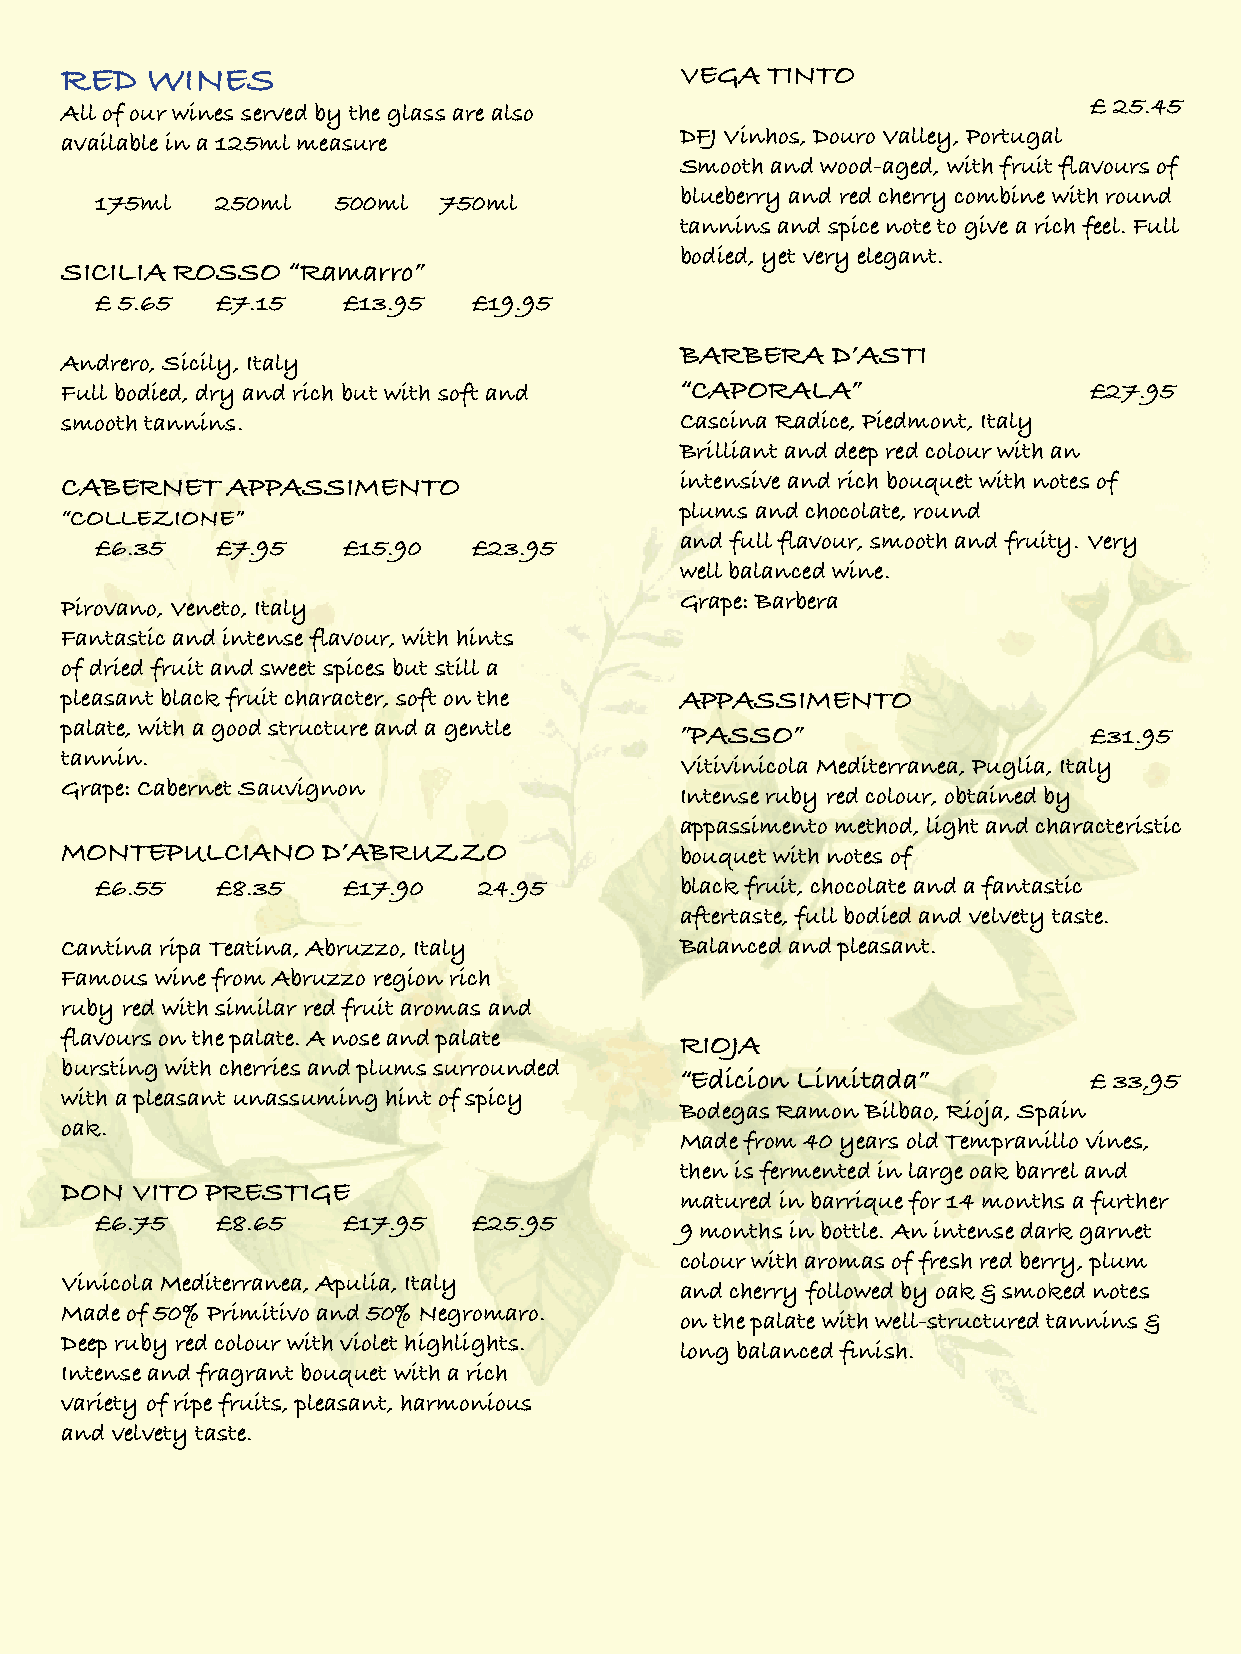
RED   WINES                              VEGA  TINTO
 £ 25.45
 All of our wines served by the glass are also
 DFJ Vinhos, Douro Valley, Portugal
 available in a 125ml measure
 Smooth and wood-aged, with fruit flavours of
 blueberry and red cherry combine with round
 175ml   250ml   500ml  750ml
 tannins and spice note to give a rich feel. Full
 bodied, yet very elegant.
 SICILIA ROSSO  “Ramarro”
 £ 5.65  £7.15    £13.95  £19.95
 BARBERA   D’ASTI
 Andrero, Sicily, Italy
 Full bodied, dry and rich but with soft and “CAPORALA”              £27.95
 smooth tannins.                          Cascina Radice, Piedmont, Italy
 Brilliant and deep red colour with an
 CABERNET   APPASSIMENTO                  intensive and rich bouquet with notes of
 plums and chocolate, round
 “COLLEZIONE”
 and full flavour, smooth and fruity. Very
 £6.35   £7.95    £15.90  £23.95
 well balanced wine.
 Grape: Barbera
 Pirovano, Veneto, Italy
 Fantastic and intense flavour, with hints
 of dried fruit and sweet spices but still a
 pleasant black fruit character, soft on the APPASSIMENTO
 palate, with a good structure and a gentle ”PASSO”                  £31.95
 tannin.
 Vitivinicola Mediterranea, Puglia, Italy
 Grape: Cabernet Sauvignon
 Intense ruby red colour, obtained by
 appassimento method, light and characteristic
 MONTEPULCIANO    D’ABRUZZO               bouquet with notes of
 £6.55   £8.35    £17.90   24.95        black fruit, chocolate and a fantastic
 aftertaste, full bodied and velvety taste.
 Cantina ripa Teatina, Abruzzo, Italy     Balanced and pleasant.
 Famous wine from Abruzzo region rich
 ruby red with similar red fruit aromas and
 flavours on the palate. A nose and palate RIOJA
 bursting with cherries and plums surrounded
 “Edicion Limitada”         £ 33,95
 with a pleasant unassuming hint of spicy
 Bodegas Ramon Bilbao, Rioja, Spain
 oak.
 Made from 40 years old Tempranillo vines,
 then is fermented in large oak barrel and
 DON  VITO PRESTIGE
 matured in barrique for 14 months a further
 £6.75   £8.65    £17.95  £25.95
 9 months in bottle. An intense dark garnet
 colour with aromas of fresh red berry, plum
 Vinicola Mediterranea, Apulia, Italy
 and cherry followed by oak & smoked notes
 Made of 50% Primitivo and 50% Negromaro.
 on the palate with well-structured tannins &
 Deep ruby red colour with violet highlights.
 long balanced finish.
 Intense and fragrant bouquet with a rich
 variety of ripe fruits, pleasant, harmonious
 and velvety taste.